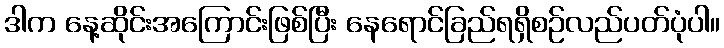
ဒါက နေ့ဆိုင်းအကြောင်းဖြစ်ပြီး နေရောင်ခြည်ရရှိစဉ်လည်ပတ်ပုံပါ။